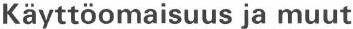
Käyttöomaisuus ja muut